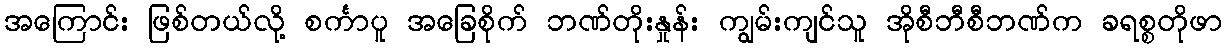
အကြောင်း ဖြစ်တယ်လို့ စင်္ကာပူ အခြေစိုက် ဘဏ်တိုးနှုန်း ကျွမ်းကျင်သူ အိုစီဘီစီဘဏ်က ခရစ္စတိုဖာ